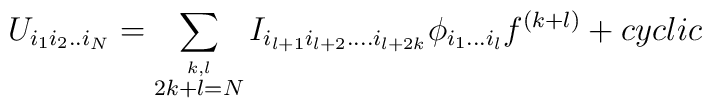
U_{i_1i_2..i_N} = \sum_{\stackrel{k,l}{2k+l=N}}	I_{i_{l+1}i_{l+2}....i_{l+2k}} \phi_{i_1...i_l}f^{(k+l)}+cyclic